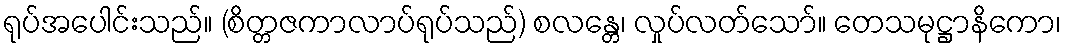
ရုပ်အပေါင်းသည်။ (စိတ္တဇကာလာပ်ရုပ်သည်) စလန္တေ၊ လှုပ်လတ်သော်။ တေသမုဋ္ဌာနိကော၊